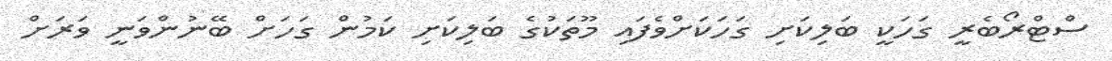
ސްޓްރޯބެރީ ގަހަކީ ބަލިކަށި ގަހަކަށްވެފައި މޫތަކުގެ ބަލިކަށި ކަމުން ގަހަށް ބޭނުންވަނީ ވަރަށް